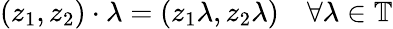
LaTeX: (z_{1},z_{2})\cdot\lambda=(z_{1}\lambda,z_{2}\lambda)\quad\forall\lambda\in\mathbb{T}